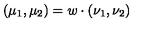
( \mu _ { 1 } , \mu _ { 2 } ) = w \cdot ( \nu _ { 1 } , \nu _ { 2 } )